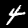
Label: 4